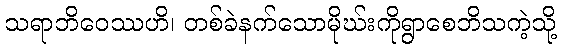
သရာဘိဝေဿဟိ၊ တစ်ခဲနက်သောမိုဃ်းကိုရွာစေဘိသကဲ့သို့